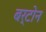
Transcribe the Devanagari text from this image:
बर्टोन